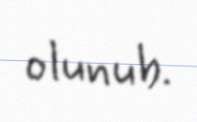
olunub.